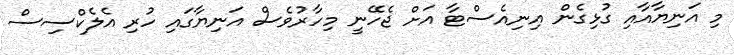
މި އަނިޔާއާއި ގުޅިގެން އިނިއެސްޓާ އަށް ޖެހޭނީ މިހާރުވެސް އަނިޔާގައި ހުރި އެލެކްސިސް